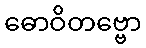
ဓောဝိတဗ္ဗော